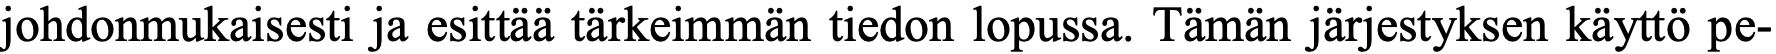
johdonmukaisesti ja esittää tärkeimmän tiedon lopussa. Tämän järjestyksen käyttö pe-